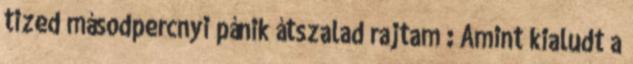
tized másodpercnyi pánik átszalad rajtam : Amint kialudt a